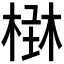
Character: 𣕑